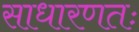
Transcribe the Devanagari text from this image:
साधारणतः